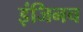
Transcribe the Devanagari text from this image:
इंजिनच